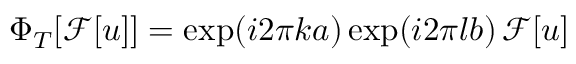
\Phi _ { T } [ \mathcal { F } [ u ] ] = \exp ( i 2 \pi k a ) \exp ( i 2 \pi l b ) \, \mathcal { F } [ u ]